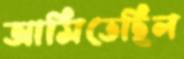
আসিতেছিল